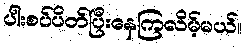
ပါးစပ်ပိတ်ပြီးနေကြလိမ့်မယ်။